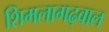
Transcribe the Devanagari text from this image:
शिमलागढ़वाल